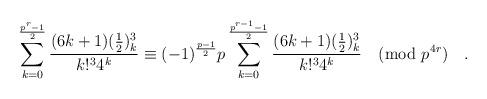
LaTeX: \begin{align*}\sum_{k=0}^{\frac{p^r-1}{2}} \frac{(6k+1)(\frac{1}{2})_k^3}{k!^3 4^k}\equiv (-1)^\frac{p-1}{2}p \sum_{k=0}^{\frac{p^{r-1}-1}{2}} \frac{(6k+1)(\frac{1}{2})_k^3}{k!^3 4^k} \pmod{p^{4r}} \quad.\end{align*}